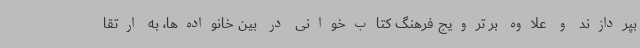
بپردازند و علاوه بر ترویج فرهنگ کتاب‌خوانی در بین خانواده‌ها، به ارتقا